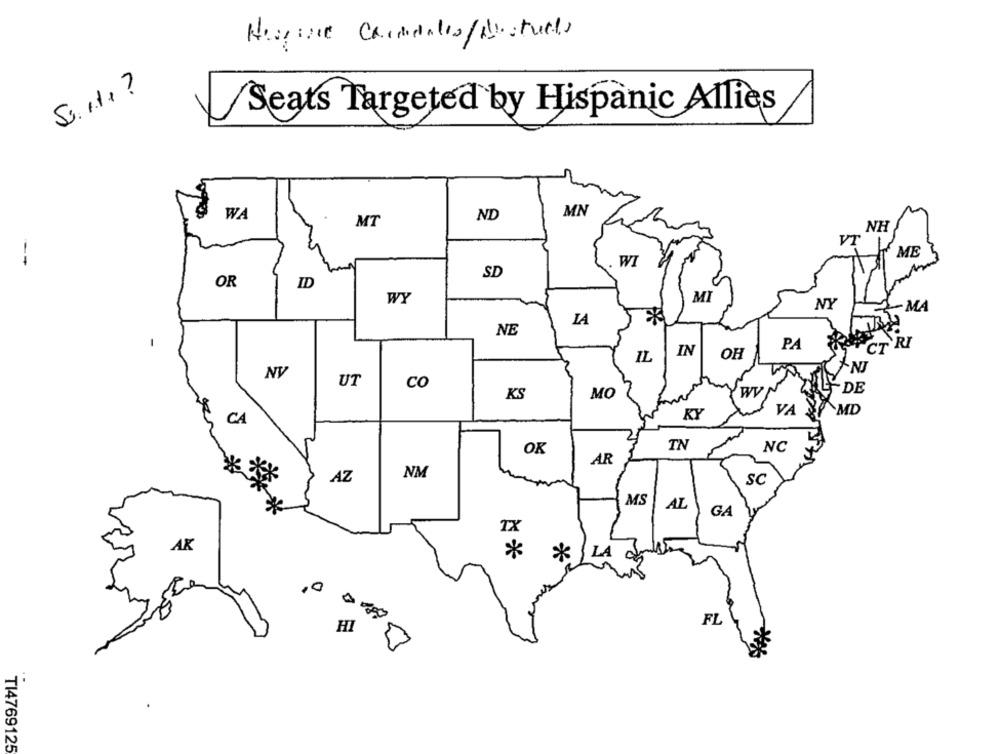
Heseine Cardillo/ Astuces
Suite?
Seats Targeted by Hispanic Allies
MN
WA
ND
.
MT
NH
VT
ME
--
WI
SD
OR
ID
WY
MI
NY
MA
LA
NE
PA
CT
TRI
IN
OH
IL
NJ
NV
UT
co
- DE
KS
MO
KY
VA
MD
CA
TN
OK
NC
AR
*
NM
AZ
SC
MS
AL
*
GA
AK
**
*
LA O
0
HI
FL
T14769125